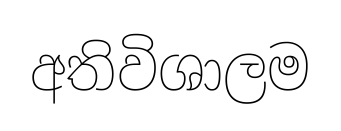
අතිවිශාලම